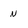
Character: n